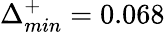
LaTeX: \Delta_{min}^{+}=0.068